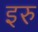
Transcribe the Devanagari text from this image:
इरु